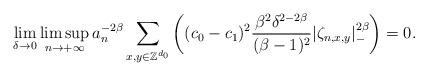
LaTeX: \begin{align*}\lim_{\delta\rightarrow 0}\limsup_{n\rightarrow+\infty}a_n^{-2\beta}\sum_{x,y\in\mathbb Z^{d_0}}\left((c_0-c_1)^2\frac{\beta^2\delta^{2-2\beta}}{(\beta-1)^2}|\zeta_{n,x,y}|_-^{2\beta}\right)=0.\end{align*}